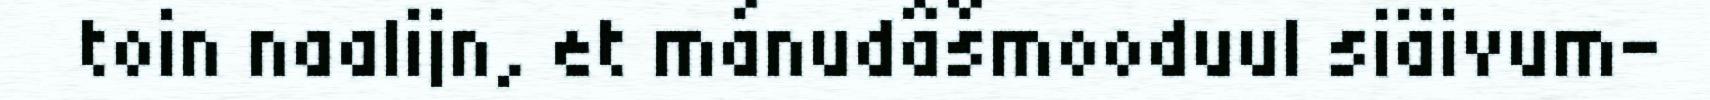
toin naalijn, et mánudâšmooduul siäivum-